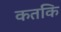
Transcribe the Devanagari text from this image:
कतकि